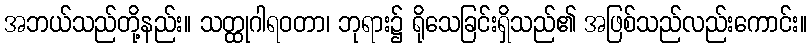
အဘယ်သည်တို့နည်း။ သတ္ထုဂါရဝတာ၊ ဘုရား၌ ရိုသေခြင်းရှိသည်၏ အဖြစ်သည်လည်းကောင်း။